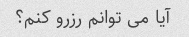
آیا می توانم رزرو کنم؟